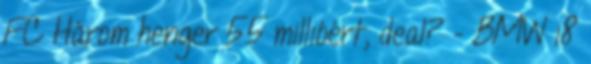
FC Három henger 55 millióért, deal? - BMW i8